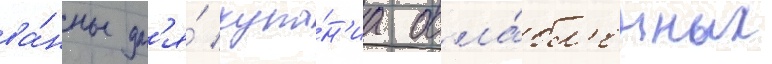
ва́нны дл'я́ купа́н'иа осла́бл'енных